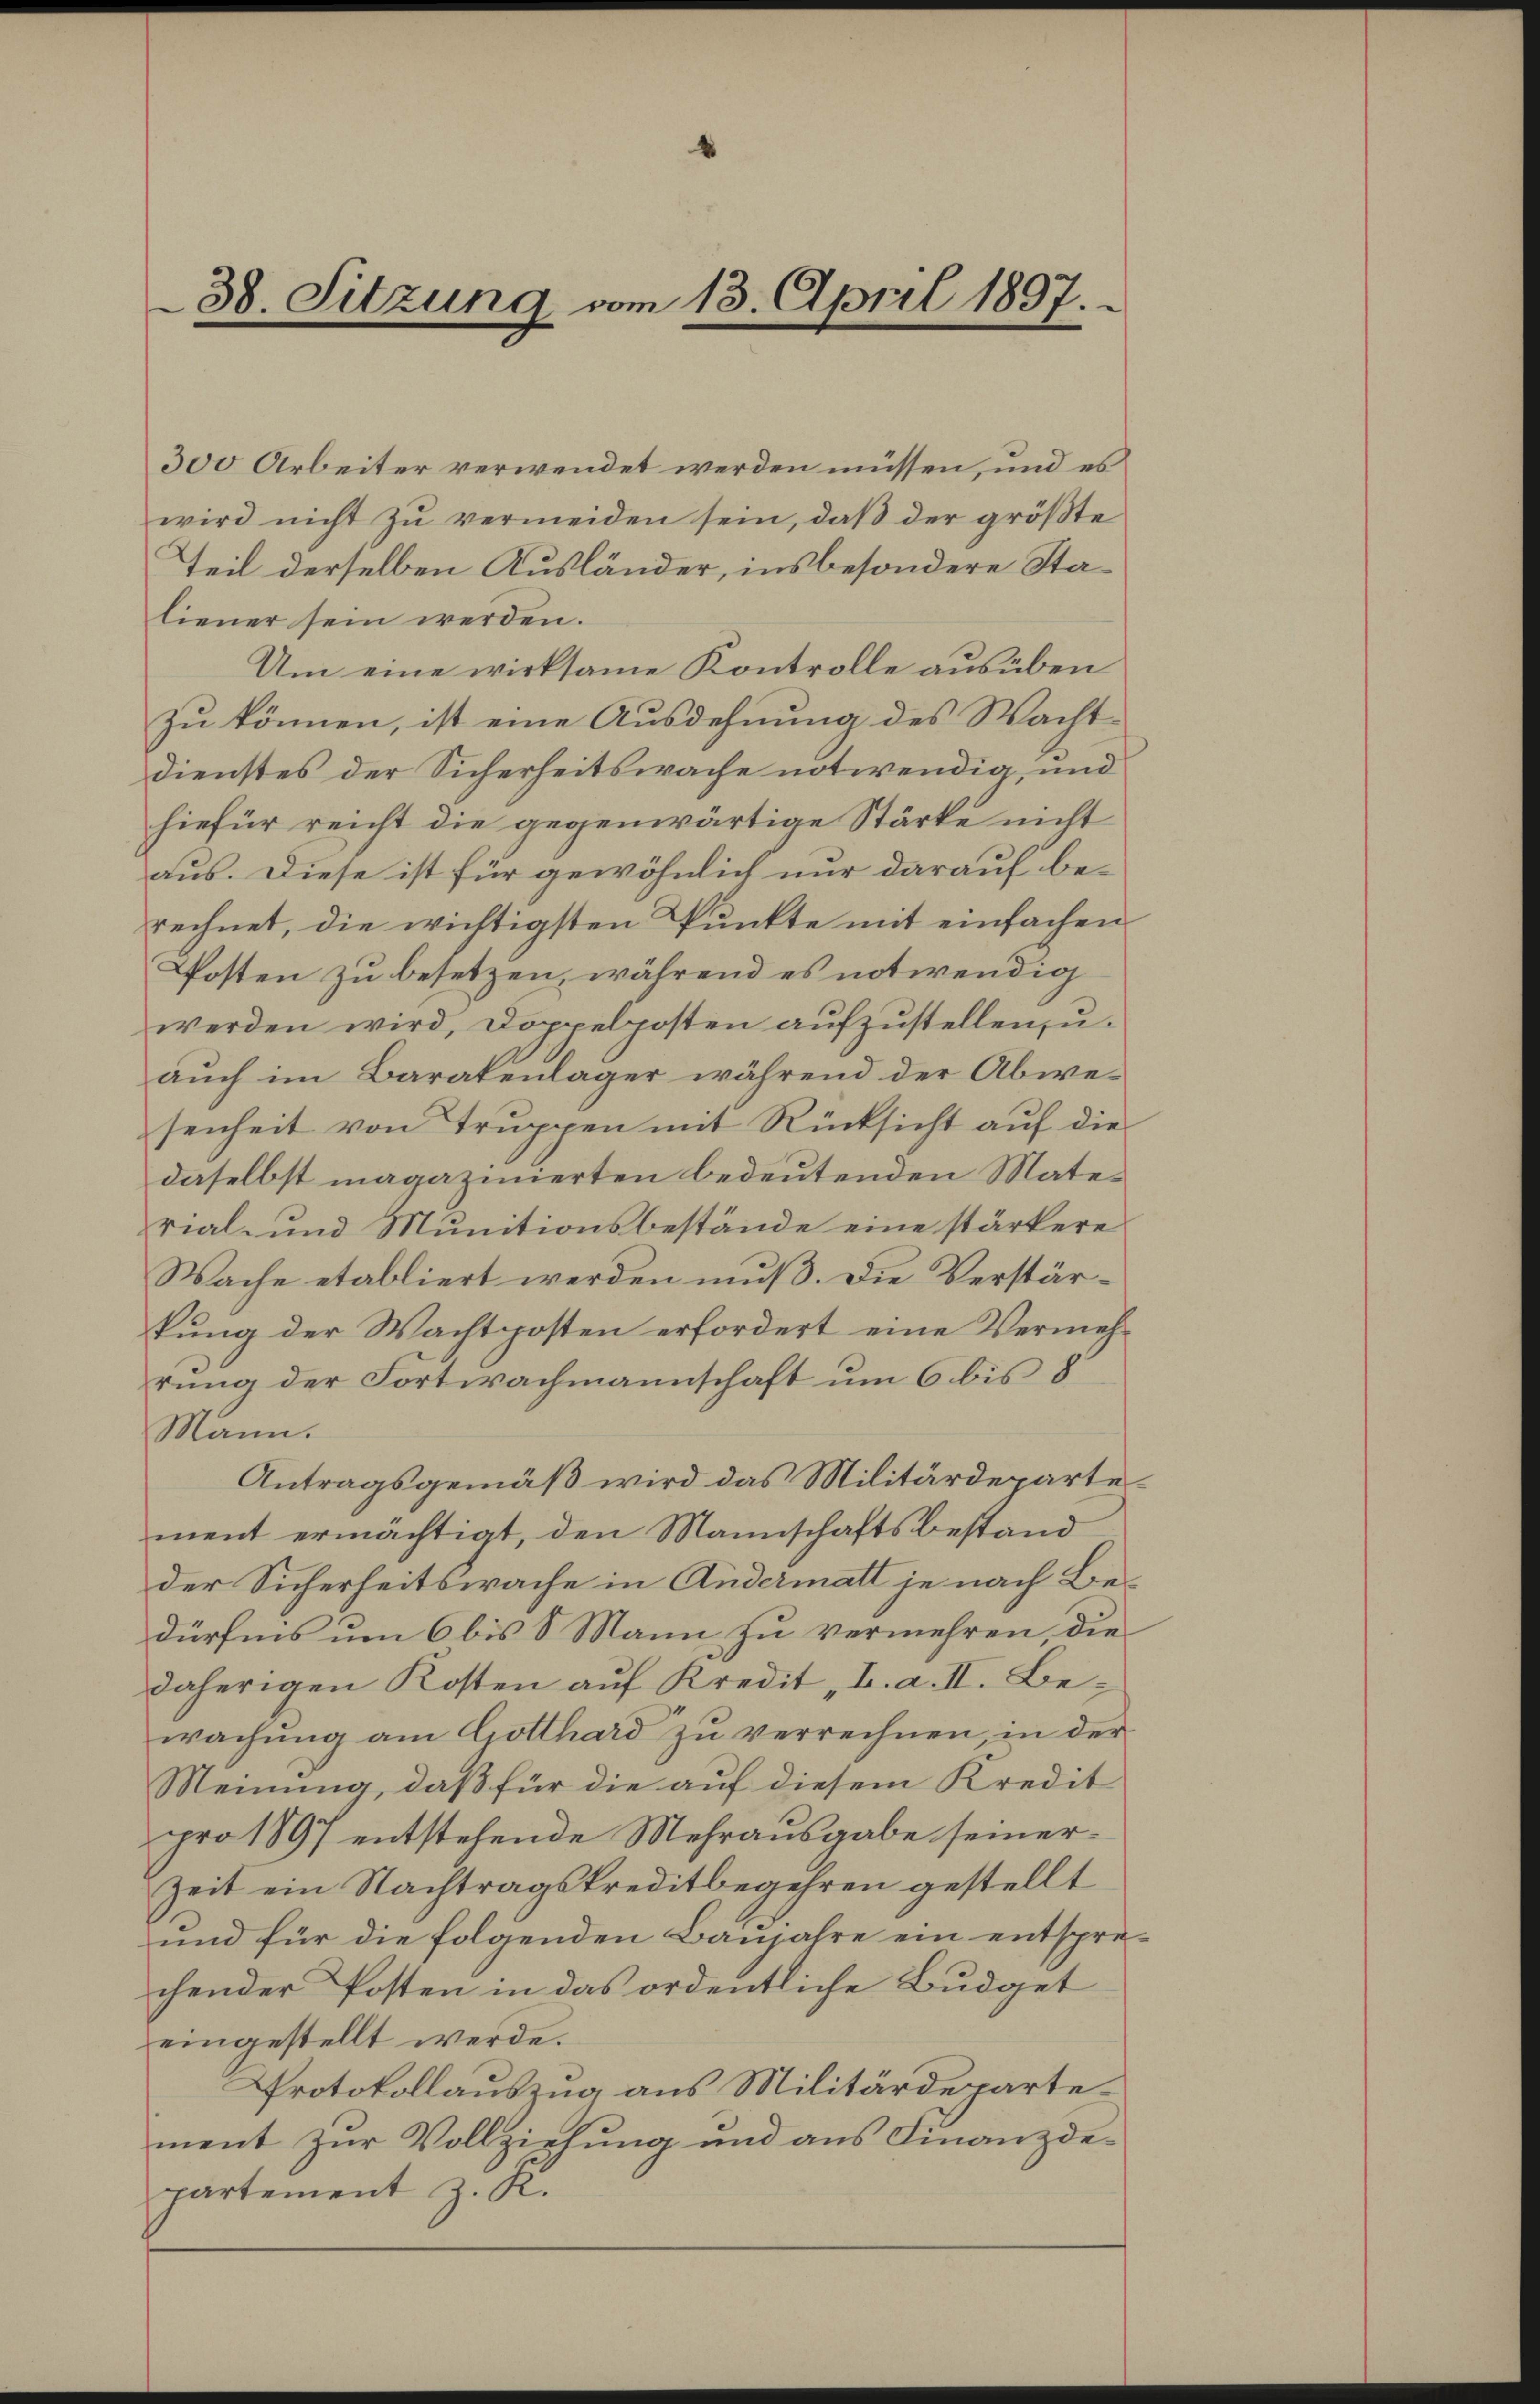
38. Sitzung vom 13. April 1897.

300 Arbeiter verwendet werden müssen, und es
wird nicht zu vermeiden sein, daß der größte
Teil derselben Ausländer, insbesondere Staliener sein werden.
Um eine wirksame Kontrolle ausüben
zu können, ist eine Ausdehnung des Wacht¬
Dienstes der Sicherheitswache notwendig, und
hiefür reicht die gegenwärtige Stärke nicht
aus. Diese ist für gewöhnlich nur darauf berechnet, die wichtigsten Punkte mit einfachen
Posten zu besetzen, während es notwendig
werden wird, Doppelposten aufzustellen, u.
auch im Baratenlager während der Abwesenheit von Truppen mit Rücksicht auf die
daselbst magazinierten bedeutenden Material- und Munitionsbestände eine stärkere
Wache etabliert werden muß. Die Verstärkung der Wachtposten erfordert eine Vermehrung der Fortwachmannschaft um 6 bis 8
Mann.
Antragsgemäß wird das Militärdepartement ermächtigt, den Mannschaftsbestand
der Sicherheitswache in Andermatt je nach Bedürfens um 6 bis 8 Mann zu vermehren, die
daherigen Kosten auf Kredit, I. a. II. Bewachung am Gotthard zu verrechnen, in der
Meinung, daß für die auf diesem Kredit
pro 1897 entstehende Mehrausgabe seiner¬
Zeit ein Nachtragskreditbegehren gestellt
und für die folgenden Baujahre ein entsprechender Posten in das ordentliche Budget
eingestellt werde.
Protokollauszug aus Militärdepartement zur Vollziehung und aus Finanzdepartement z. R.